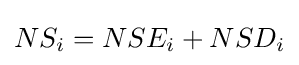
NS_{i}=NSE_{i}+NSD_{i}